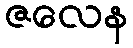
ဇလေန